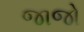
જાજો